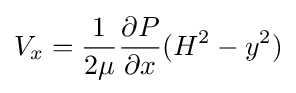
V_{x}={\frac {1}{2\mu }}{\frac {\partial P}{\partial x}}(H^{2}-y^{2})